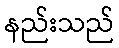
နည်းသည်